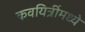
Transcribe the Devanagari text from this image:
कवयित्रींमध्ये